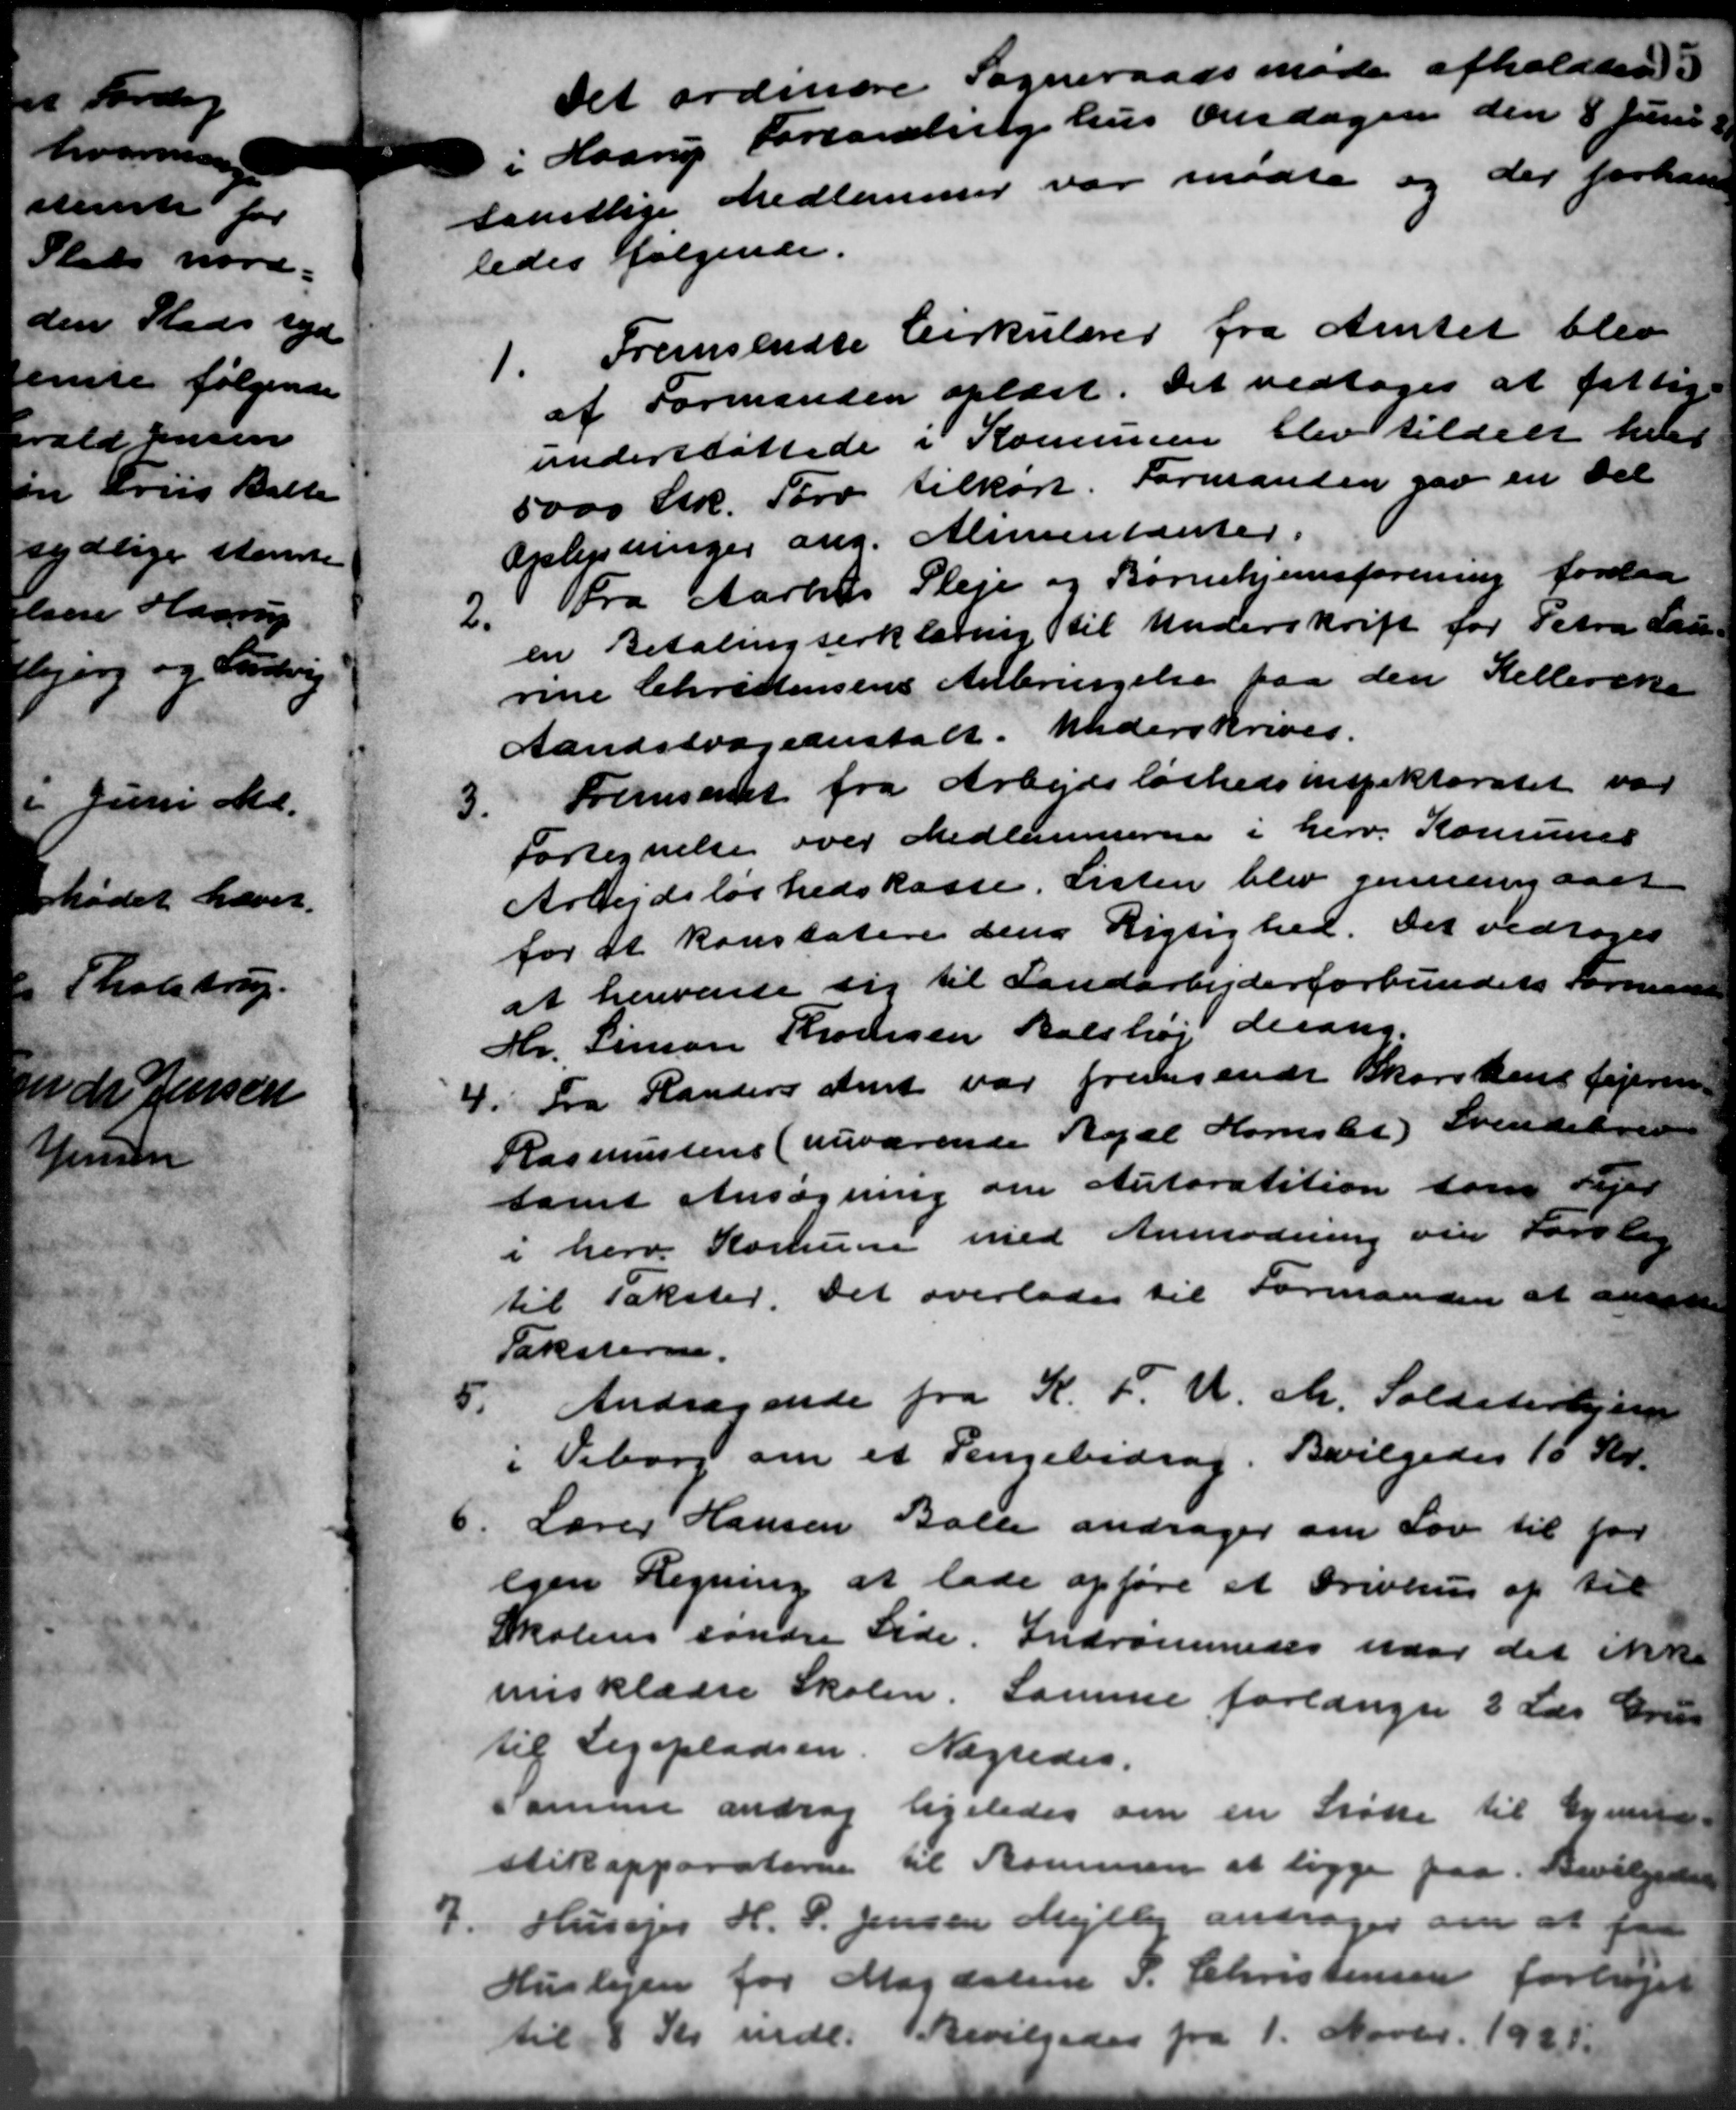
Transskription:
Det ordinære Sogneraadsmøde afholdtes.
i Haarup Forsamlingshus Onsdagen den 8 Juni
samtlige Medlemmer var mødte og der forhand
ledes følgende.
1. Fremsendte Cirkulærer fra Amtet blev
1. Fremsendte Cirkulærer fra Amtet blev
af Formanden oplæst. Det vedtoges at fattige
understøttede i Kommunen blev tildelt hen
5000 Stk. Tørv tilkort. Formanden gav en Del
Oplysninger ang. Alimentanter.
2.
Fra Aarhus Pleje og Børnehjemsforening forelaa
en Betalingserklæring til Underskrift for Petra Lau-
rine Christensens Anbringelse paa den Kellerens
Aandssvageanstalt. Underskrives.
3.
Fremsamt fra Arbejdsløshedsinspektoratet var
Fortegnelse over Medlemmerne i herv. Komunes
Arbejdsløshedskasse. Listen blev gennemgaaet
for at konstatere dens Rigtighed. Det vedtoges
at henværte sig til Landarbejderforbundets Formand
Hr. Simon Thomsen Balshøj derang.
4. Fra Randers Amt var fremsende Skorstensfejeren
4. Fra Randers Amt var fremsende Skorstensfejeren
Rasmussens (nuværende Regel Kornslet Svendsbreve
samt Ansøgning om Autoratition som Sejer
i herv. Komune med Anmodning om Forslag
til Takster. Det overlades til Formanden at ansøge
Taksterne.
Andragende fra K. F. U. M. Soldaterhjem

i Viborg om et Pengebidrag. Bevilgedes 10 Kr.
6. Lærer Hansen Balle andrager om Lov til for
6. Lærer Hansen Balle andrager om Lov til for
egen Regning at lade opføre et Drivhus af til
Skolens søndre Side. Indrømmeres naar det ikke
nsklædre Skolen. Samme forlanger 3 Læs Grus
til Legepladsen. Nægtedes.
Samme androg ligeledes om en Frøke til Gymn
stikapparaterne til Komunen at ligge paa Bevilgedes
7. Husejer H. P. Jensen Mejlby andrager om at faa
7. Husejer H. P. Jensen Mejlby andrager om at faa
Huslejen for Magdalene P. Christensen forhøjet
til 8 Kr mdl. Bevilgedes fra 1. Novbr. 1931.